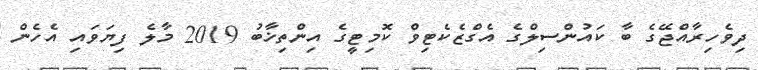
ދިވެހިރާއްޖޭގެ ބާ ކައުންސިލްގެ އެގްޒެކެޓިވް ކޮމިޓީގެ އިންތިޚާބު 2019 މާލެ ފިޔަވައި އެހެން